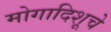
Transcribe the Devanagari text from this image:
मोगादिशूचे